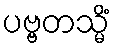
ပဗ္ဗတသ္မိံ